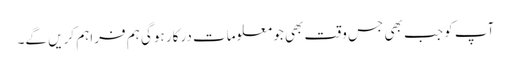
آپ کو جب بھی جس وقت بھی جو معلومات درکار ہوگی ہم فراہم کریں گے۔